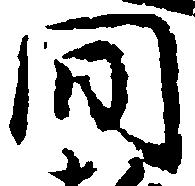
間